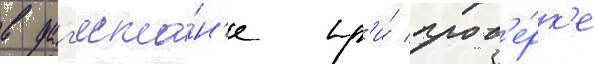
в даг'еста́н'е пр'и́ пров'е́рк'е